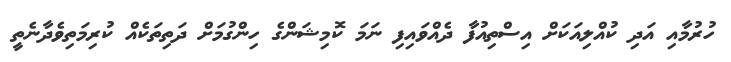
ހުރުމާއި އަދި ކުއްލިއަކަށް އިސްތިއުފާ ދެއްވައިފި ނަމަ ކޮމިޝަންގެ ހިންގުމަށް ދަތިތަކެއް ކުރިމަތިވެދާނެތީ